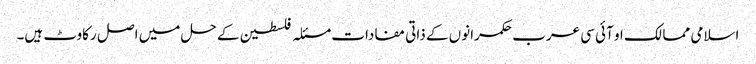
اسلامی ممالک او آئی سی عرب حکمرانوں کے ذاتی مفادات مسئلہ فلسطین کے حل میں اصل رکاوٹ ہیں۔